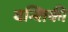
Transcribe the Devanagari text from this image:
वन्शिकी